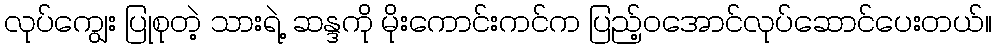
လုပ်ကျွေး ပြုစုတဲ့ သားရဲ့ ဆန္ဒကို မိုးကောင်းကင်က ပြည့်ဝအောင်လုပ်ဆောင်ပေးတယ်။